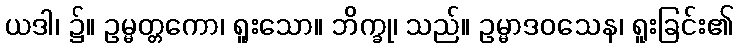
ယဒါ၊ ၌။ ဥမ္မတ္တကော၊ ရူးသော။ ဘိက္ခု၊ သည်။ ဥမ္မာဒဝသေန၊ ရူးခြင်း၏